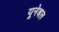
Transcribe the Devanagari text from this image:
यूनेबल